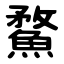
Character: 䱯